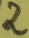
Text: 1